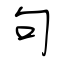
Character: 句